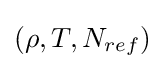
(\rho ,T,N_{ref})